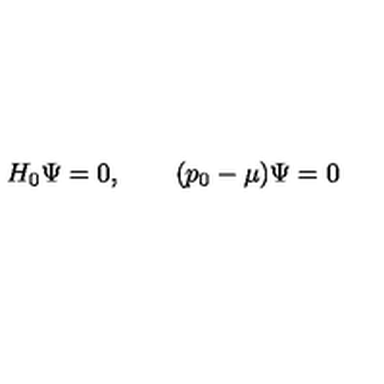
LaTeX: H _ { 0 } \Psi = 0 , \qquad ( p _ { 0 } - \mu ) \Psi = 0